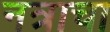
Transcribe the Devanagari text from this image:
नत्राचा